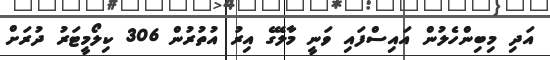
އަދި މިބިންހެލުން އައިސްފައި ވަނީ މާލޭގެ އިރު އުތުރުން 306 ކިލޯމީޓަރު ދުރަށް